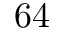
6 4